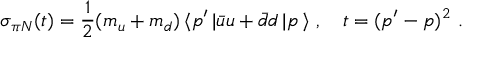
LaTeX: \sigma _ { \pi N } ( t ) = \frac { 1 } { 2 } ( m _ { u } + m _ { d } ) \, \langle p ^ { \prime } \, | \bar { u } u + \bar { d } d \, | p \, \rangle \, \, , \quad t = ( p ^ { \prime } - p ) ^ { 2 } \, \, .